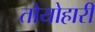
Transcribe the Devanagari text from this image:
तोयोहारी